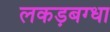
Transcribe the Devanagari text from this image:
लकड़बग्धा